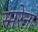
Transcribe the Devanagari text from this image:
स्मरेना